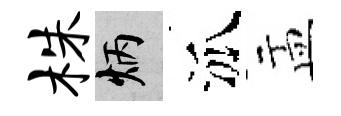
株炳泒盂